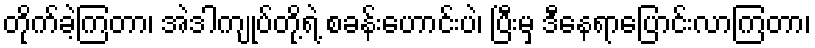
တိုက်ခဲ့ကြတာ၊ အဲဒါကျုပ်တို့ရဲ့ စခန်းဟောင်းပဲ၊ ပြီးမှ ဒီနေရာပြောင်းလာကြတာ၊